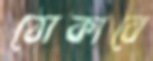
ঠোকাবে